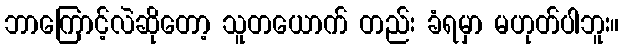
ဘာကြောင့်လဲဆိုတော့ သူတယောက် တည်း ခံရမှာ မဟုတ်ပါဘူး။